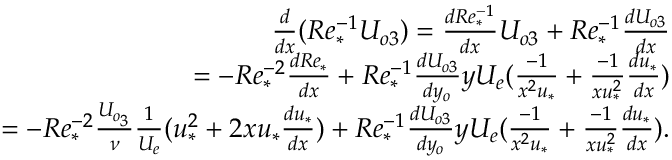
\begin{array} { r } { \frac { d } { d x } ( R e _ { * } ^ { - 1 } U _ { o 3 } ) = \frac { d R e _ { * } ^ { - 1 } } { d x } U _ { o 3 } + R e _ { * } ^ { - 1 } \frac { d U _ { o 3 } } { d x } } \\ { = - R e _ { * } ^ { - 2 } \frac { d R e _ { * } } { d x } + R e _ { * } ^ { - 1 } \frac { d U _ { o 3 } } { d y _ { o } } y U _ { e } ( \frac { - 1 } { x ^ { 2 } u _ { * } } + \frac { - 1 } { x u _ { * } ^ { 2 } } \frac { d u _ { * } } { d x } ) } \\ { = - R e _ { * } ^ { - 2 } \frac { U _ { o _ { 3 } } } { \nu } \frac { 1 } { U _ { e } } ( u _ { * } ^ { 2 } + 2 x u _ { * } \frac { d u _ { * } } { d x } ) + R e _ { * } ^ { - 1 } \frac { d U _ { o 3 } } { d y _ { o } } y U _ { e } ( \frac { - 1 } { x ^ { 2 } u _ { * } } + \frac { - 1 } { x u _ { * } ^ { 2 } } \frac { d u _ { * } } { d x } ) . } \end{array}